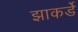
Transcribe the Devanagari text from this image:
झाकर्डे